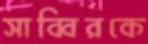
সাব্বিরকে